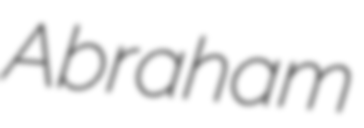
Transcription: Abraham